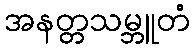
အနတ္တသမ္ဘူတံ